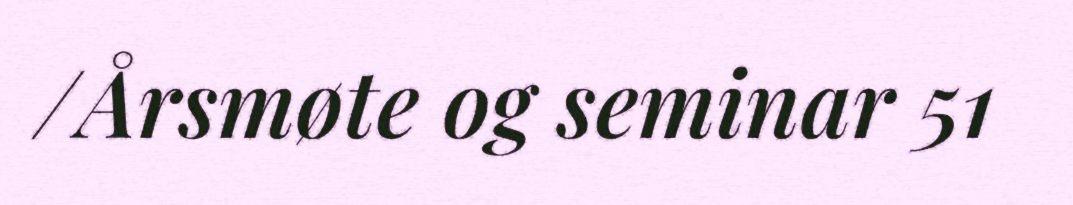
/Årsmøte og seminar 51